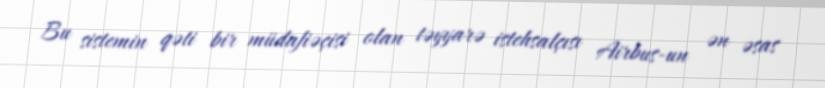
Bu sistemin qəti bir müdafiəçisi olan təyyarə istehsalçısı Airbus-un ən əsas